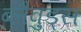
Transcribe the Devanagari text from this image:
ब्लैव़ुड्स